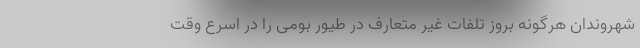
شهروندان هرگونه بروز تلفات غیر متعارف در طیور بومی را در اسرع وقت